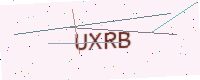
Text: UXRB